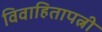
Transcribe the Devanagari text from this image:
विवाहितापत्नी